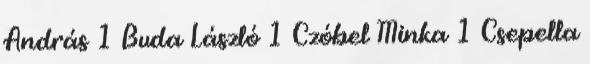
András 1 Buda László 1 Czóbel Minka 1 Csepella